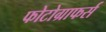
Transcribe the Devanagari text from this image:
फोटोग्राफर्स